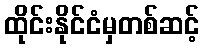
ထိုင်းနိုင်ငံမှတစ်ဆင့်